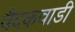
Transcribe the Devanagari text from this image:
वैदकवाडी